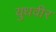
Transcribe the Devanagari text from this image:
युधवीर